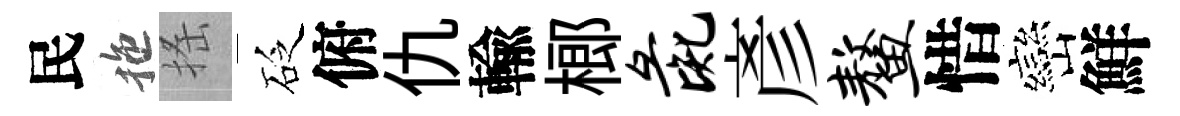
民拖搖砭俯仇輸榔彘彥鳌惜巒鮮